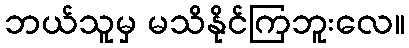
ဘယ်သူမှ မသိနိုင်ကြဘူးလေ။